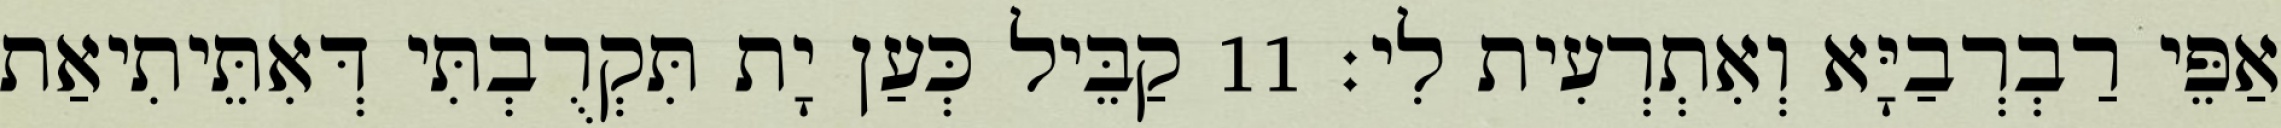
אַפֵּי רַבְרְבַיָּא וְאִתְרְעִית לִי׃ 11 קַבֵּיל כְּעַן יָת תִּקְרֻבְתִּי דְּאִתֵּיתִיאַת